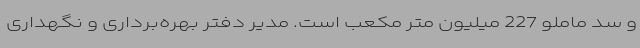
و سد ماملو 227 میلیون متر مکعب است. مدیر دفتر بهره‌برداری و نگهداری